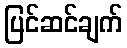
ပြင်ဆင်ချက်